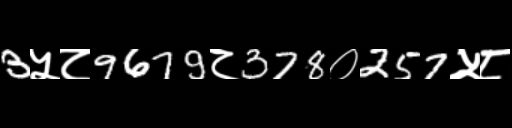
Text: 3५८9679८378०257५८